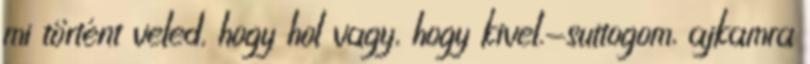
mi történt veled, hogy hol vagy, hogy kivel.-suttogom, ajkamra